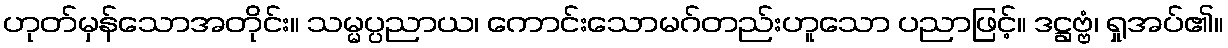
ဟုတ်မှန်သောအတိုင်း။ သမ္မပ္ပညာယ၊ ကောင်းသောမဂ်တည်းဟူသော ပညာဖြင့်။ ဒဋ္ဌဗ္ဗံ၊ ရှုအပ်၏။